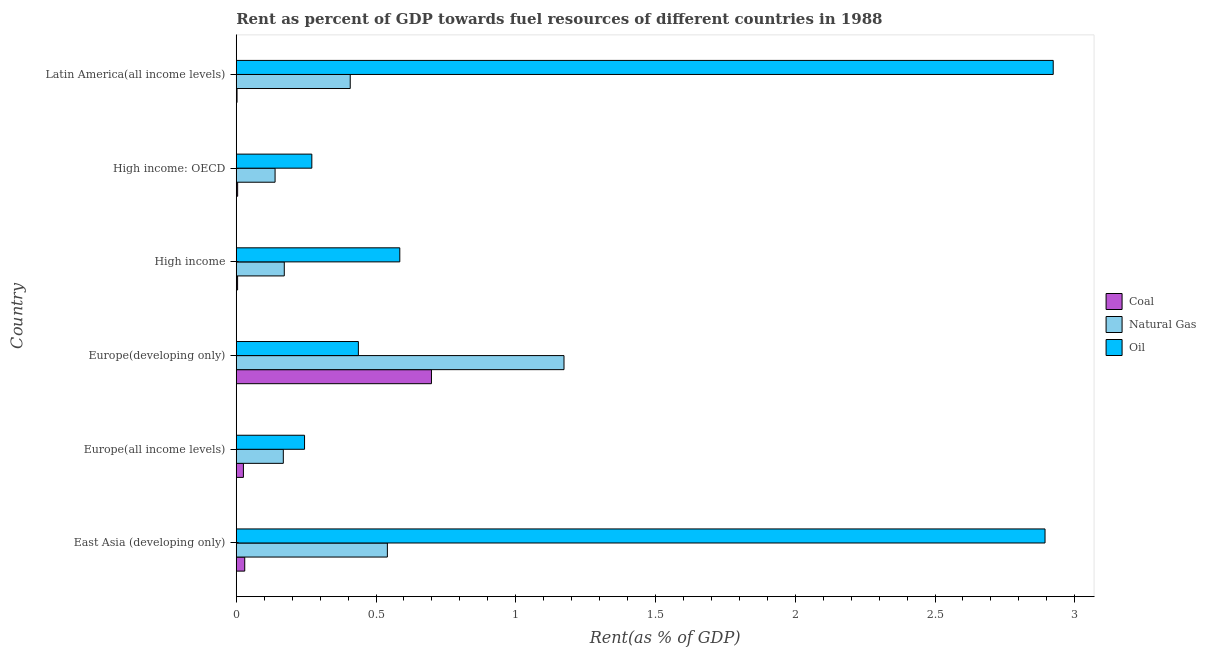
| Country | Coal | Natural Gas | Oil |
 | --- | --- | --- | --- |
 | East Asia (developing only) | 0.0303 | 0.541 | 2.89 |
 | Europe(all income levels) | 0.0256 | 0.168 | 0.244 |
 | Europe(developing only) | 0.698 | 1.17 | 0.437 |
 | High income | 0.00477 | 0.172 | 0.585 |
 | High income: OECD | 0.00496 | 0.139 | 0.27 |
 | Latin America(all income levels) | 0.00285 | 0.408 | 2.92 |